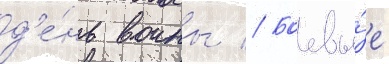
д'е́нь воины // Боевы́е